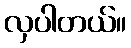
လှပါတယ်။